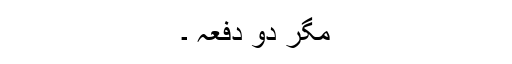
مگر دو دفعہ ۔